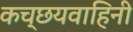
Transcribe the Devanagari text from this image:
कच्छयवाहिनी